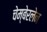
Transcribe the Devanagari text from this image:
चेम्बेरलेन